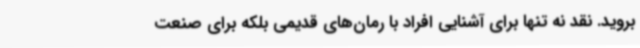
بروید. نقد نه تنها برای آشنایی افراد با رمان‌های قدیمی بلکه برای صنعت